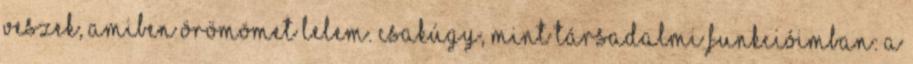
veszek, amiben örömömet lelem. Csakúgy, mint társadalmi funkcióimban: a